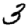
Digit: 3